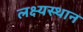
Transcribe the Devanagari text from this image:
लक्ष्यस्थान